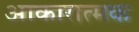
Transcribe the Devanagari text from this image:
आकारात्मक